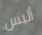
أليس